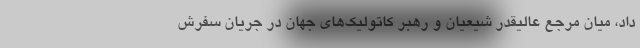
داد، میان مرجع عالیقدر شیعیان و رهبر کاتولیک‌های جهان در جریان سفرش